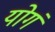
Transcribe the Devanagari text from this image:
योगं